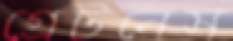
গ্রেটনেস